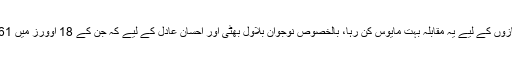
پاکستان کے گیند بازوں کے لیے یہ مقابلہ بہت مایوس کن رہا، بالخصوص نوجوان بلاول بھٹی اور احسان عادل کے لیے کہ جن کے 18 اوورز میں 161 رنز لوٹے گئے۔